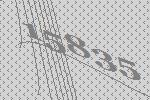
15835